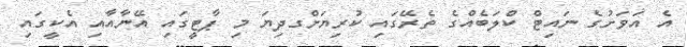
އެ އަވަށުގެ ނައިޓް ކްލަބެއްގެ ތެރޭގައި ކުރިޔަށްގދިޔަ މި ޕާޓީގައި އޭނާއާއި އެކީގައި